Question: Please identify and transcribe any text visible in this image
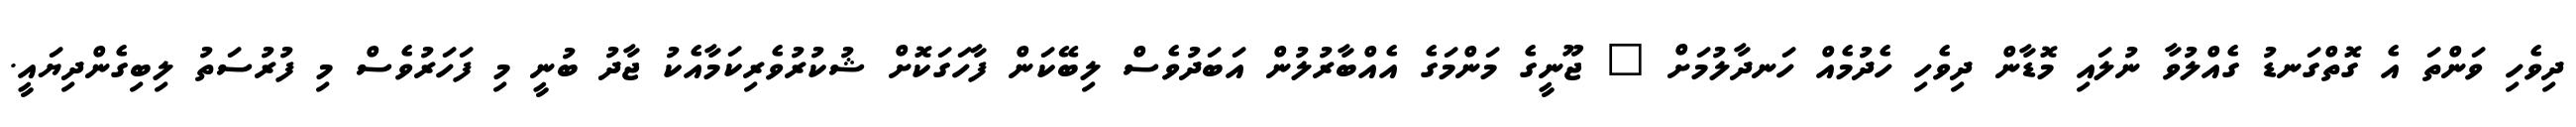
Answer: ދިވެހި ވަންތަ އެ ގޮތްގަނޑު ގެއްލުވާ ނުލައި މޮޑާން ދިވެހި ހެދުމެއް ހަނދާލުމަށް " ޖޫނީގެ މަންމަގެ އެއްބާރުލުން އަބަދުވެސް ލިބޭކަން ފާހަގަކޮށް ޝުކުރުވެރިކަމާއެކު ޖާދު ބުނީ މި ފަހަރުވެސް މި ފުރުސަތު ލިބިގެންދިޔައީ.